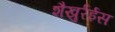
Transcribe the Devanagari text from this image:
शैखुर्रईस